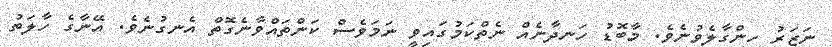
ނަޒަރު ހިންގާލެވުނެވެ. މާބޮޑު ހަނދާނެއް ނެތްކަމުގައިވީ ނަމަވެސް ކަންތައްވާނެގޮތް އެނގުނެވެ. އޭނާގެ ހާލަތު